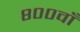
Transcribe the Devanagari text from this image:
८००वाँ